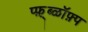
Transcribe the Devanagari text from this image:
प्फ़़्ब्ळॉफ़्प